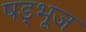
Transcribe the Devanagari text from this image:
षड्भूज